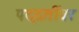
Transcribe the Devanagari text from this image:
पद्दतींवर